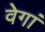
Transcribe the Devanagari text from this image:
वेगां